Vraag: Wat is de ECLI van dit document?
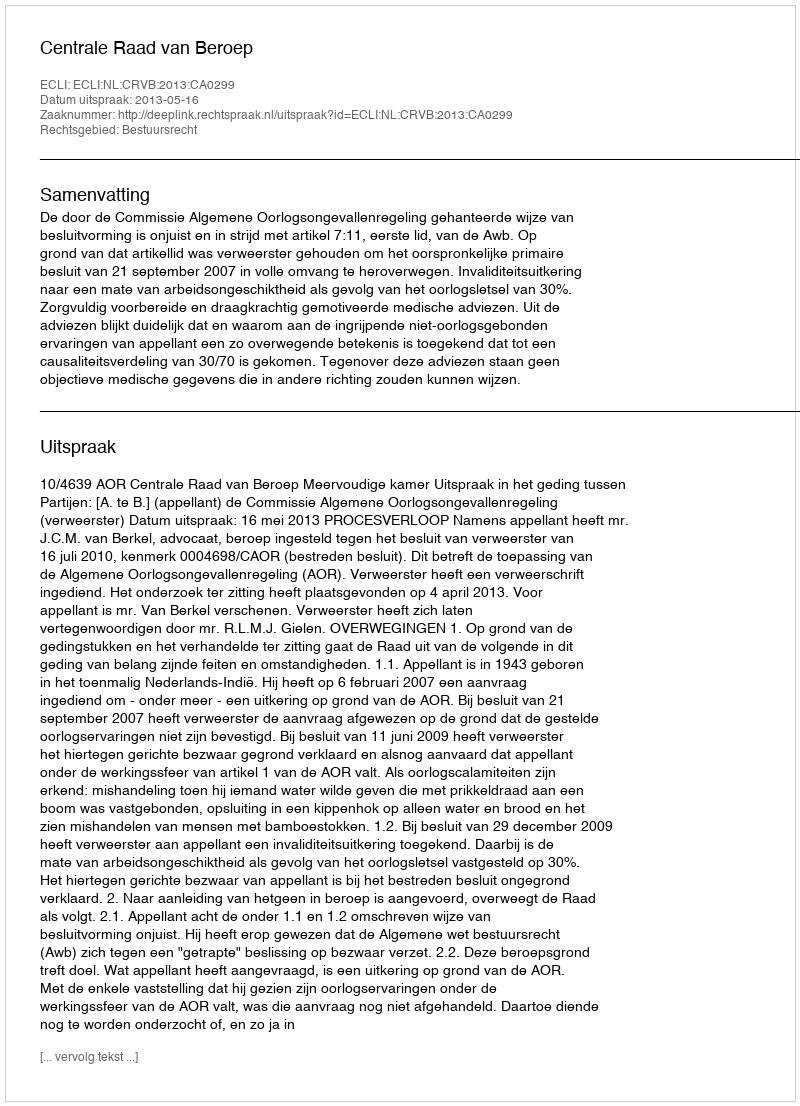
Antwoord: ECLI:NL:CRVB:2013:CA0299